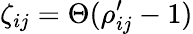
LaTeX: \zeta_{ij}=\Theta(\rho_{ij}^{\prime}-1)